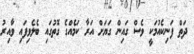
ދަތް ފަނިކެއުމަކީ ވެސް ގައިން ގަޔަށް އަރާ ކަމެއްގެ ގޮތުގައި ބެލެވިފައި ވާއިރު